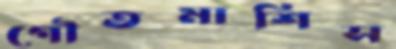
গৌতমাশিস